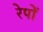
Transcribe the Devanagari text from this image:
रेपों